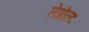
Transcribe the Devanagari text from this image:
लेप्रौल्ट